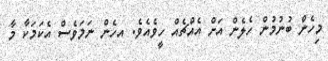
މިހެން ބުނުމުން ހެލެން އަށް އެއްޗެއް ހީވެއެވެ. އހެން ނަމަވެސް އެކަމަކާ މާ